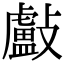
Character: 㪭